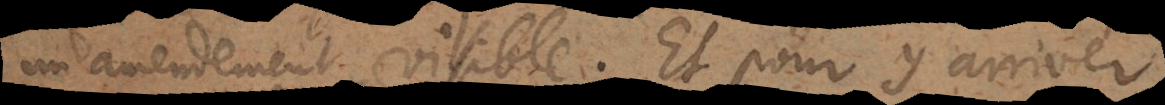
un amendement visible. Et pour y arriver,